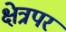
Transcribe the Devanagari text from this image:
क्षेत्रपर